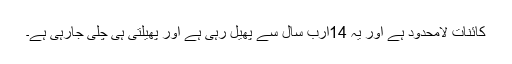
کائنات لامحدود ہے اور یہ 14ارب سال سے پھیل رہی ہے اور پھیلتی ہی چلی جارہی ہے۔